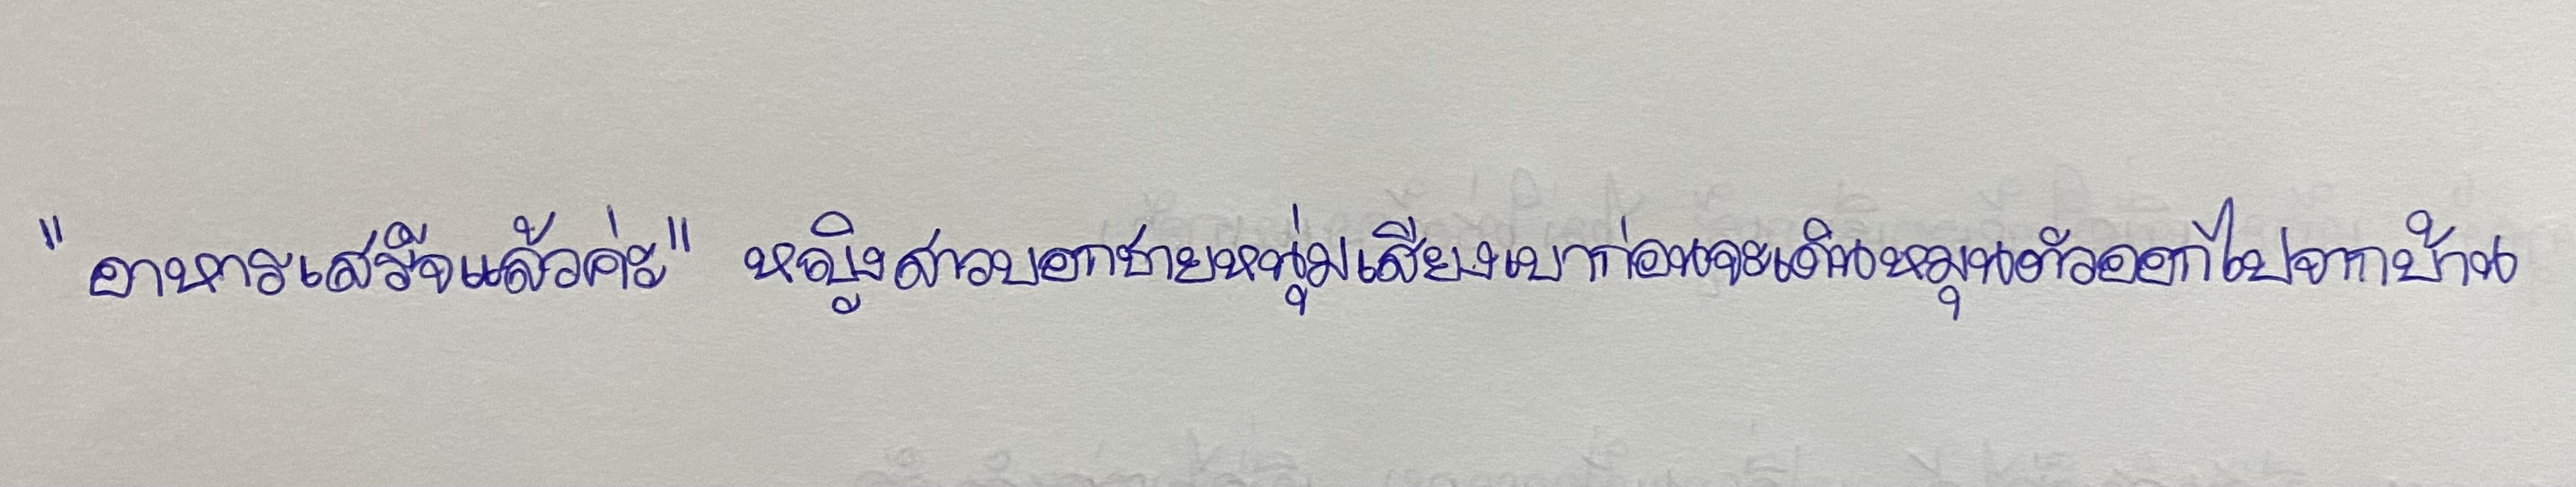
"อาหารเสร็จแล้วค่ะ"หญิงสาวบอกชายหนุ่มเสียงเบาก่อนจะเดินหมุนตัวออกไปจากบ้าน